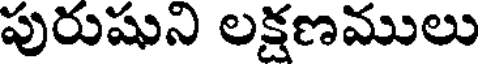
పురుషుని లక్షణములు